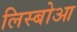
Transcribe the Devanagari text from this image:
लिस्बोआ